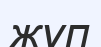
жүп